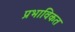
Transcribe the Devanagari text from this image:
प्रभाविकत